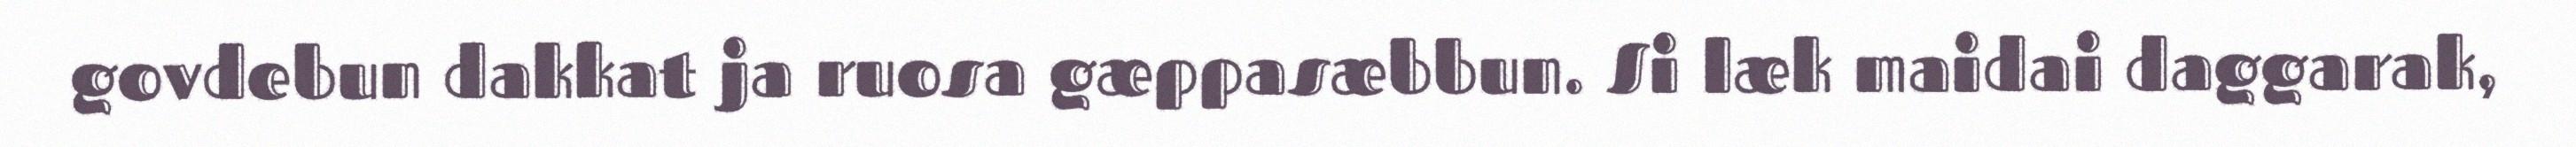
govdebun dakkat ja ruosa gæppasæbbun. Si læk maidai daggarak,